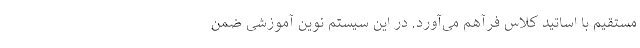
مستقیم با اساتید کلاس فرآهم می‌آورد. در این سیستم نوین آموزشی ضمن